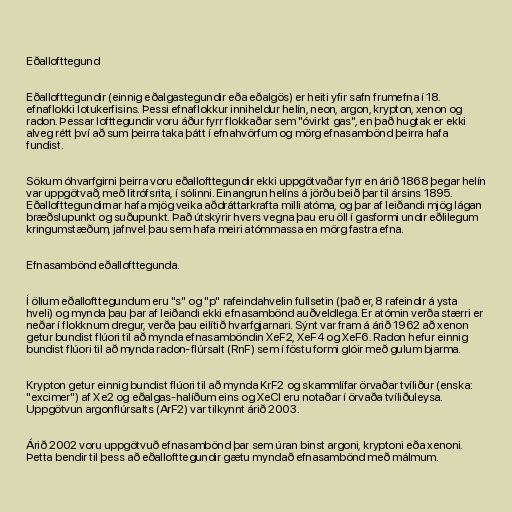
Eðallofttegund

Eðallofttegundir (einnig eðalgastegundir eða eðalgös) er heiti yfir safn frumefna í 18.
efnaflokki lotukerfisins. Þessi efnaflokkur inniheldur helín, neon, argon, krypton, xenon og
radon. Þessar lofttegundir voru áður fyrr flokkaðar sem "óvirkt gas", en það hugtak er ekki
alveg rétt því að sum þeirra taka þátt í efnahvörfum og mörg efnasambönd þeirra hafa
fundist.

Sökum óhvarfgirni þeirra voru eðallofttegundir ekki uppgötvaðar fyrr en árið 1868 þegar helín
var uppgötvað, með litrófsrita, í sólinni. Einangrun helíns á jörðu beið þar til ársins 1895.
Eðallofttegundirnar hafa mjög veika aðdráttarkrafta milli atóma, og þar af leiðandi mjög lágan
bræðslupunkt og suðupunkt. Það útskýrir hvers vegna þau eru öll í gasformi undir eðlilegum
kringumstæðum, jafnvel þau sem hafa meiri atómmassa en mörg fastra efna.

Efnasambönd eðallofttegunda.

Í öllum eðallofttegundum eru "s" og "p" rafeindahvelin fullsetin (það er, 8 rafeindir á ysta
hveli) og mynda þau þar af leiðandi ekki efnasambönd auðveldlega. Er atómin verða stærri er
neðar í flokknum dregur, verða þau eilítið hvarfgjarnari. Sýnt var fram á árið 1962 að xenon
getur bundist flúori til að mynda efnasamböndin XeF2, XeF4 og XeF6. Radon hefur einnig
bundist flúori til að mynda radon-flúrsalt (RnF) sem í föstu formi glóir með gulum bjarma.

Krypton getur einnig bundist flúori til að mynda KrF2 og skammlífar örvaðar tvíliður (enska:
"excimer") af Xe2 og eðalgas-halíðum eins og XeCl eru notaðar í örvaða tvíliðuleysa.
Uppgötvun argonflúrsalts (ArF2) var tilkynnt árið 2003.

Árið 2002 voru uppgötvuð efnasambönd þar sem úran binst argoni, kryptoni eða xenoni.
Þetta bendir til þess að eðallofttegundir gætu myndað efnasambönd með málmum.